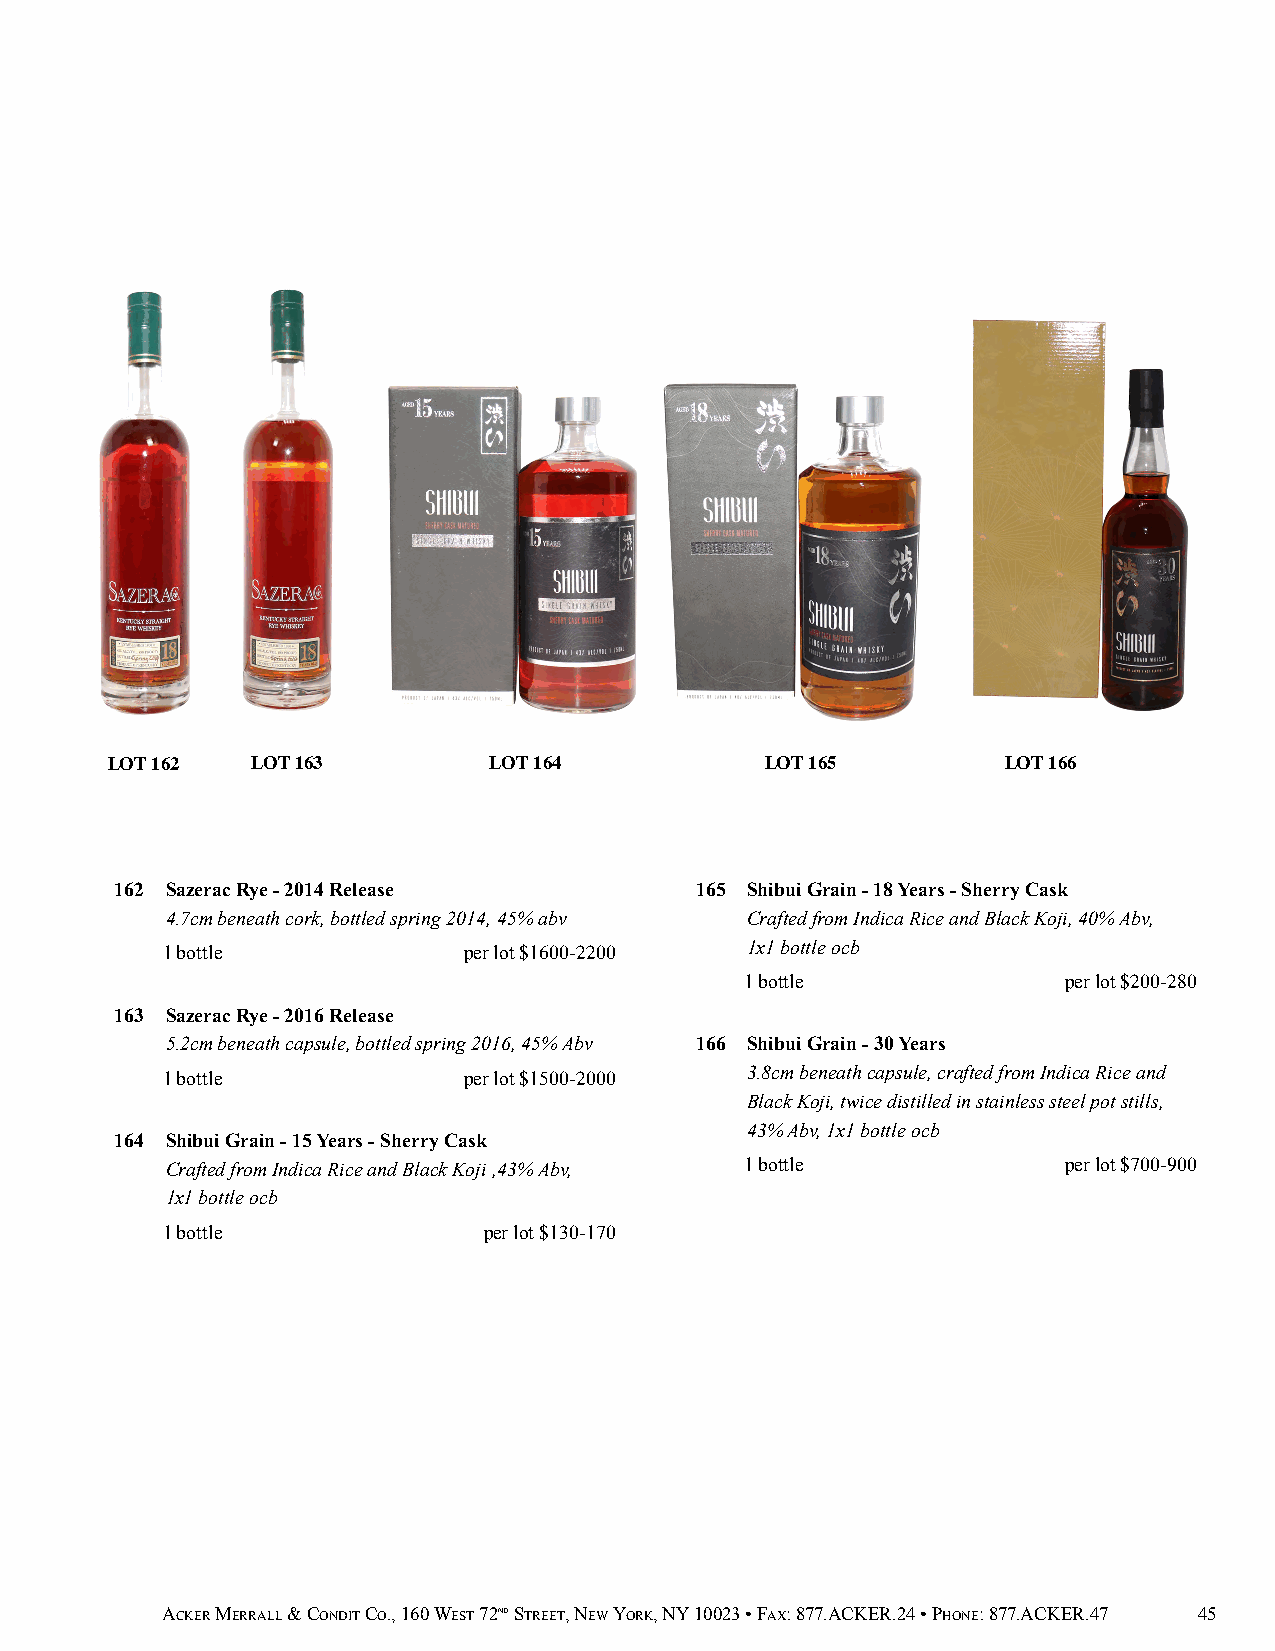
LOT 162   LOT 163        LOT 164            LOT 165         LOT 166
 162 Sazerac Rye - 2014 Release        165 Shibui Grain - 18 Years - Sherry Cask
 4.7cm beneath cork, bottled spring 2014, 45% abv Crafted from Indica Rice and Black Koji, 40% Abv,
 1 bottle            per lot $1600-2200 1x1 bottle ocb
 1 bottle              per lot $200-280
 163 Sazerac Rye - 2016 Release
 5.2cm beneath capsule, bottled spring 2016, 45% Abv 166 Shibui Grain - 30 Years
 1 bottle            per lot $1500-2000 3.8cm beneath capsule, crafted from Indica Rice and
 Black Koji, twice distilled in stainless steel pot stills,
 43% Abv, 1x1 bottle ocb
 164 Shibui Grain - 15 Years - Sherry Cask
 Crafted from Indica Rice and Black Koji ,43% Abv, 1 bottle  per lot $700-900
 1x1 bottle ocb
 1 bottle             per lot $130-170
 ACKER MERRALL & CONDIT CO., 160 WEST 72ND STREET, NEW YORK, NY 10023 • FAX: 877.ACKER.24 • PHONE: 877.ACKER.47 45